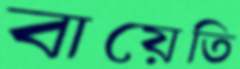
বায়েতি